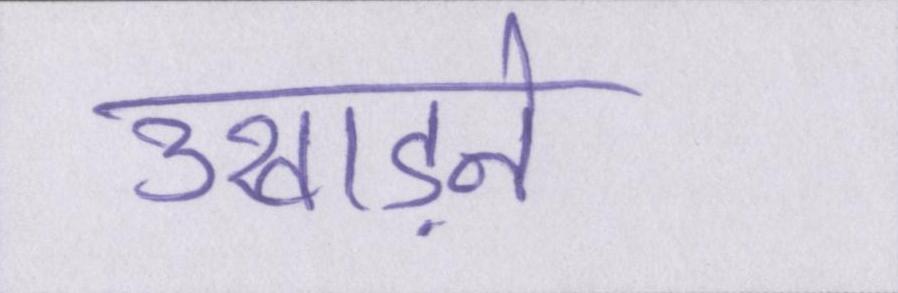
उखाड़ने